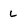
Character: L